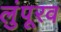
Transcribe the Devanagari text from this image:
लुंपूरव